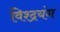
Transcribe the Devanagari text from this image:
विश्द्रयंग